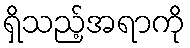
ရှိသည့်အရာကို